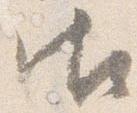
御